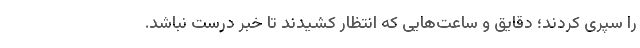
را سپری کردند؛ دقایق و ساعت‌هایی که انتظار کشیدند تا خبر درست نباشد.